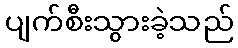
ပျက်စီးသွားခဲ့သည်